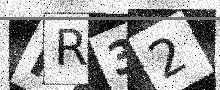
Text: PR32